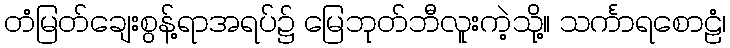
တံမြတ်ချေးစွန့်ရာအရပ်၌ မြေဘုတ်ဘီလူးကဲ့သို့။ သင်္ကာရစောဠံ၊